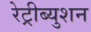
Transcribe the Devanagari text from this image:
रेट्रीब्युशन